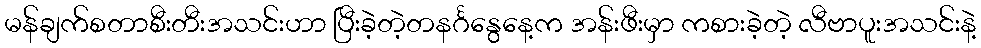
မန်ချက်စတာစီးတီးအသင်းဟာ ပြီးခဲ့တဲ့တနင်္ဂနွေနေ့က အန်းဖီးမှာ ကစားခဲ့တဲ့ လီဗာပူးအသင်းနဲ့